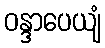
ဝန္ဒာပေယျံ